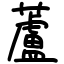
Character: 藘